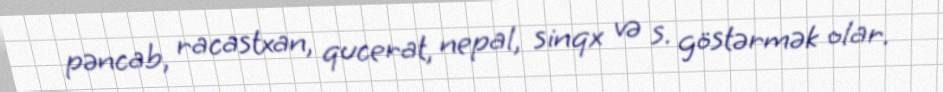
pəncab, racastxan, qucerat, nepal, sinqx və s. göstərmək olar.